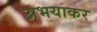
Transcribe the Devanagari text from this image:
अभयाकर